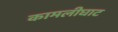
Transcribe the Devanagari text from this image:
कामलीघाट